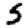
Digit: 5